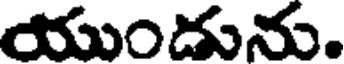
యుందును.